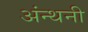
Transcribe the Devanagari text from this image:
अंन्थनी